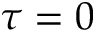
\tau = 0